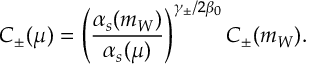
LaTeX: C _ { \pm } ( \mu ) = \left( \frac { \alpha _ { s } ( m _ { W } ) } { \alpha _ { s } ( \mu ) } \right) ^ { \gamma _ { \pm } / 2 \beta _ { 0 } } C _ { \pm } ( m _ { W } ) .